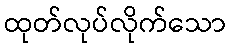
ထုတ်လုပ်လိုက်သော